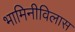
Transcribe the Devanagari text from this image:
भामिनीविलास